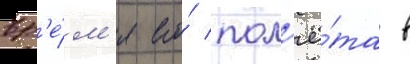
вр'е́м'я его́ пол'ё́та в